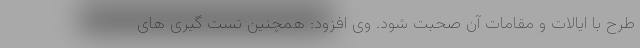
طرح با ایالات و مقامات آن صحبت شود. وی افزود: همچنین تست گیری های